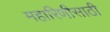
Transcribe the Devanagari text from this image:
महारिणीसाठी